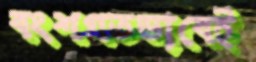
বংশগতভাবেই